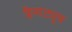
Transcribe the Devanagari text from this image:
फ्लैशट्यूब